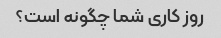
روز کاری شما چگونه است؟